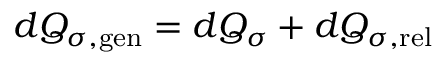
d { \cal Q } _ { \sigma , \mathrm { g e n } } = d { \cal Q } _ { \sigma } + d { \cal Q } _ { \sigma , \mathrm { r e l } }